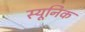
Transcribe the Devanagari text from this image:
स्यूनिक